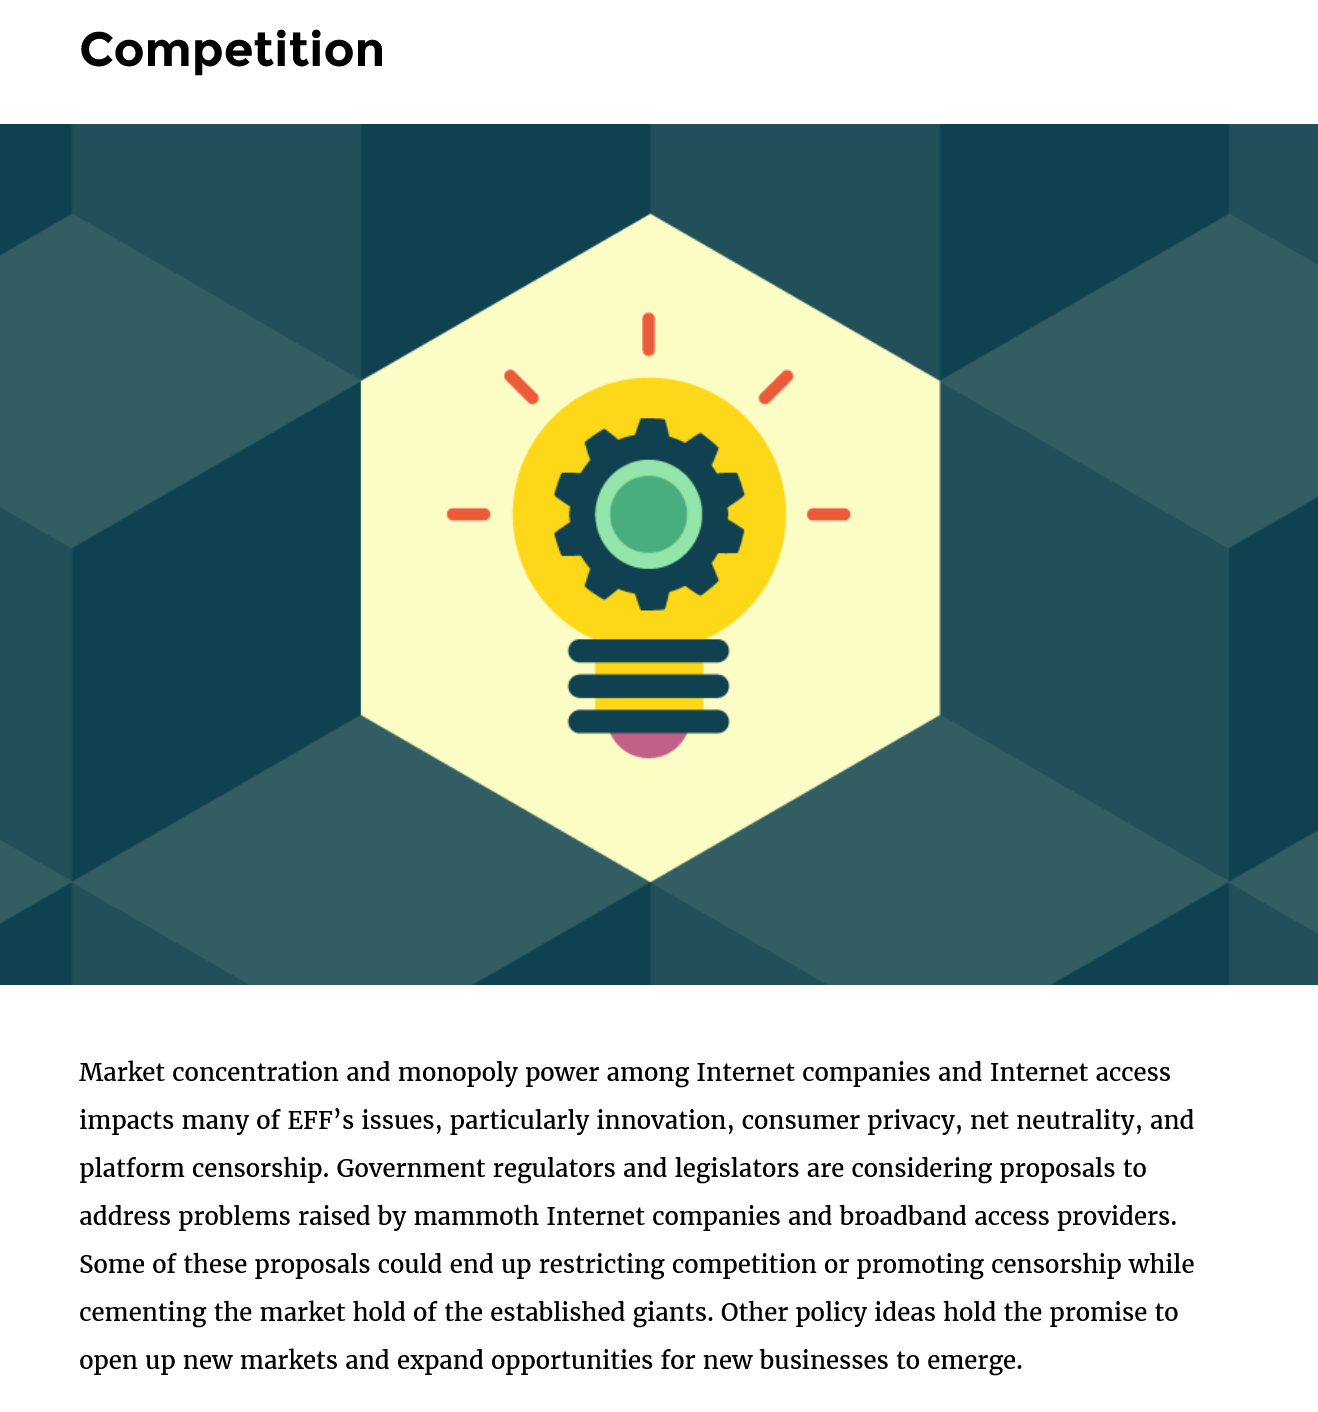
Market concentration and monopoly power among Internet companies and Internet access
     impacts many of EFF’s issues, particularly innovation, consumer privacy, net neutrality, and
     platform censorship. Government regulators and legislators are considering proposals to
     address problems raised by mammoth Internet companies and broadband access providers.
     Some of these proposals could end up restricting competition or promoting censorship while
     cementing the market hold of the established giants. Other policy ideas hold the promise to
     open up new markets and expand opportunities for new businesses to emerge.
     Competition